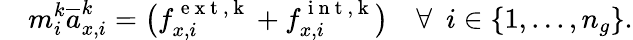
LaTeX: \quad m_{i}^{k}\overline{{a}}_{x,i}^{k}=\big(f_{x,i}^{\mathrm{~e~x~t~,~k~}}+f_{x,i}^{\mathrm{~i~n~t~,~k~}}\big)\mathrm{~\ \ \ }\forall\mathrm{~\ }i\in\{ 1,...,n_{g}\} .